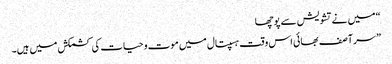
“ میں نے تشویش سے پوچھا
” سر آصف بھائی اس وقت ہسپتال میں موت و حیات کی کشمکش میں ہیں۔